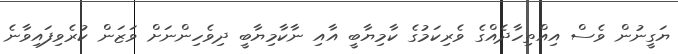
ޔަގީނުން ވެސް އިއްތިހާދެއްގެ ވެރިކަމުގެ ކާމިޔާބީ އާއި ނާކާމިޔާބީ ދިވެހިންނަށް ވަޒަން ކުރެވިފައިވާނެ